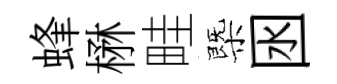
蜂楙畦㮣囦